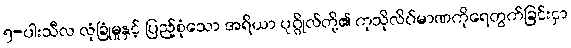
၅-ပါးသီလ လုံခြုံမှုနှင့် ပြည့်စုံသော အရိယာ ပုဂ္ဂိုလ်တို့၏ ကုသိုလိပ်မာဏကိုရေတွက်ခြင်းငှာ